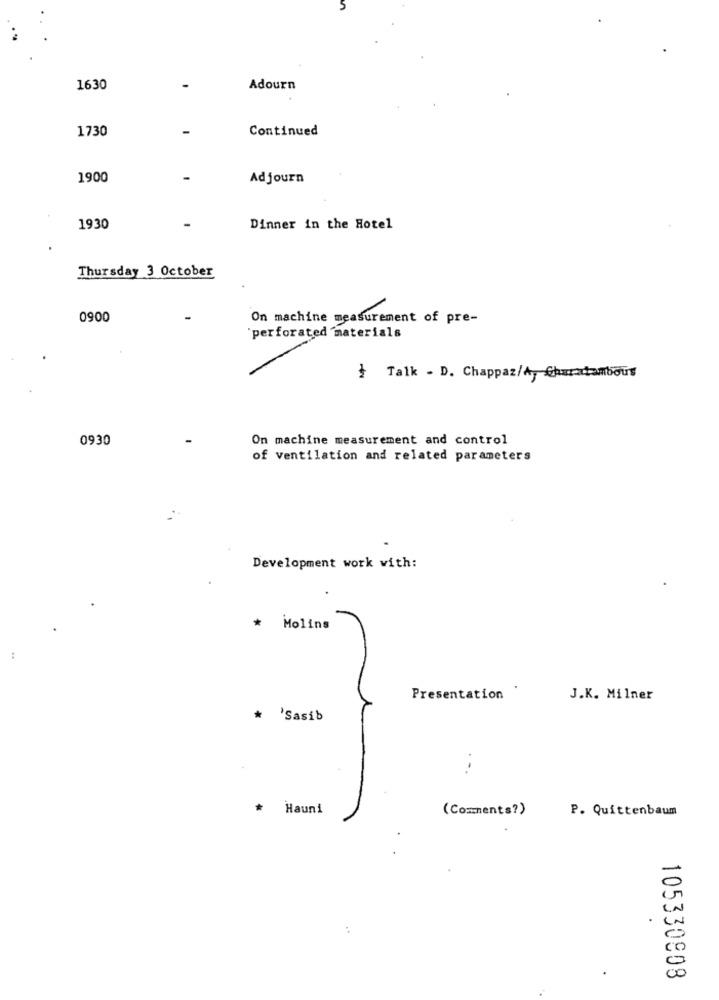
1630
Adourn
1730
Continued
1900
Adjourn
1930
Dinner in the Hotel
Thursday 3 October
0900
On machine measurement of pre-
"perforated materials
} Talk - D. Chappaz/Ay Churatambours
0930
On machine measurement and control
of ventilation and related parameters
Development work with:
*
Molins
Presentation
J.K. Milner
* 'Sasib
...
Hauni
(Comments?)
P. Quittenbaum
-
00
105330808